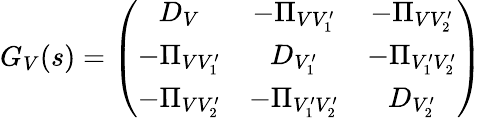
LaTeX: G_{V}(s)=\left(\begin{array}{ccc}{{D_{V}}}&{{-\Pi_{VV_{1}^{\prime}}}}&{{-\Pi_{VV_{2}^{\prime}}}}\\ {{-\Pi_{VV_{1}^{\prime}}}}&{{D_{V_{1}^{\prime}}}}&{{-\Pi_{V_{1}^{\prime}V_{2}^{\prime}}}}\\ {{-\Pi_{VV_{2}^{\prime}}}}&{{-\Pi_{V_{1}^{\prime}V_{2}^{\prime}}}}&{{D_{V_{2}^{\prime}}}}\end{array}\right)\;